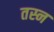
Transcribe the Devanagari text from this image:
तस्न